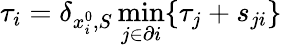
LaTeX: \tau_{i}=\delta_{x_{i}^{0},S}\operatorname*{min}_{j\in\partial i}\{ \tau_{j}+s_{ji}\}